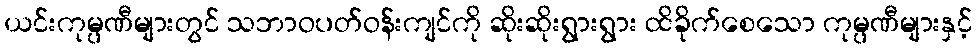
ယင်းကုမ္ပဏီများတွင် သဘာဝပတ်ဝန်းကျင်ကို ဆိုးဆိုးရွားရွား ထိခိုက်စေသော ကုမ္ပဏီများနှင့်